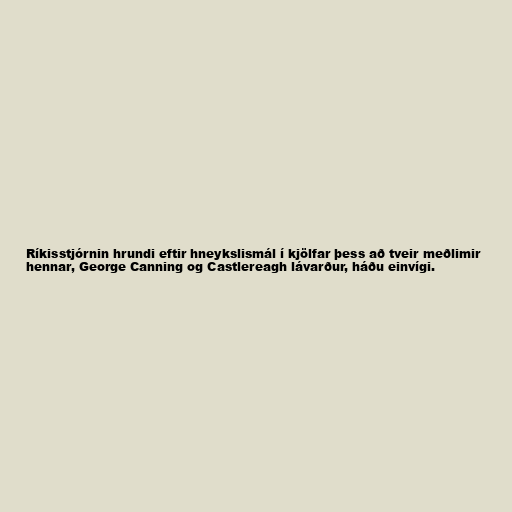
Ríkisstjórnin hrundi eftir hneykslismál í kjölfar þess að tveir meðlimir
hennar, George Canning og Castlereagh lávarður, háðu einvígi.